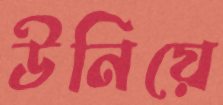
উনিয়ে